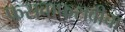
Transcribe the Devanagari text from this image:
फसवाफसवीचा